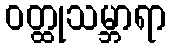
ဝတ္ထုသမ္ဘာရာ